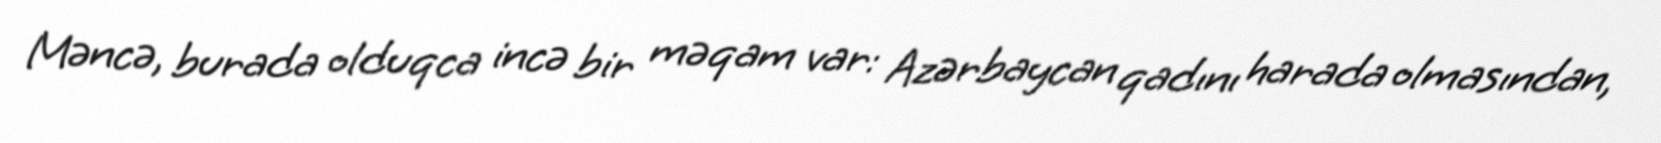
Məncə, burada olduqca incə bir məqam var: Azərbaycan qadını harada olmasından,